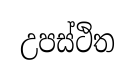
උපස්ථිත